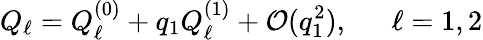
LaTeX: Q_{\ell}=Q_{\ell}^{(0)}+q_{1}Q_{\ell}^{(1)}+\mathcal{O}(q_{1}^{2}),~~~~~~\ell=1,2